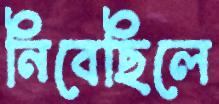
নিবেছিলে